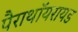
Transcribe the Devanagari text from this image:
पैराथॉयरायड